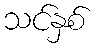
သင်နှစ်